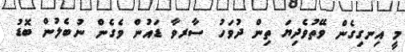
މީ އިނގިގެން ވޭތުވެދިޔަ ތިން ދުވަހު ސާރވާ ޑައުން ވެގެން ނުބެލުން ބޮޑު